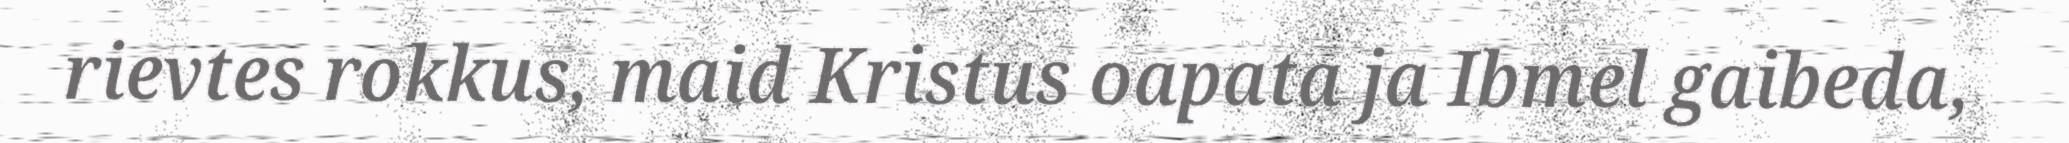
rievtes rokkus, maid Kristus oapata ja Ibmel gaibeda,